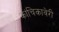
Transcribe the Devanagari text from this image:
कांचिकावेरी